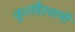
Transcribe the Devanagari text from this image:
कुलंडैस्वामी